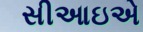
સીઆઇએ